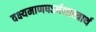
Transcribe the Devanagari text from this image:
वक्ष्यमाणषऽर्धशास्त्रार्थ